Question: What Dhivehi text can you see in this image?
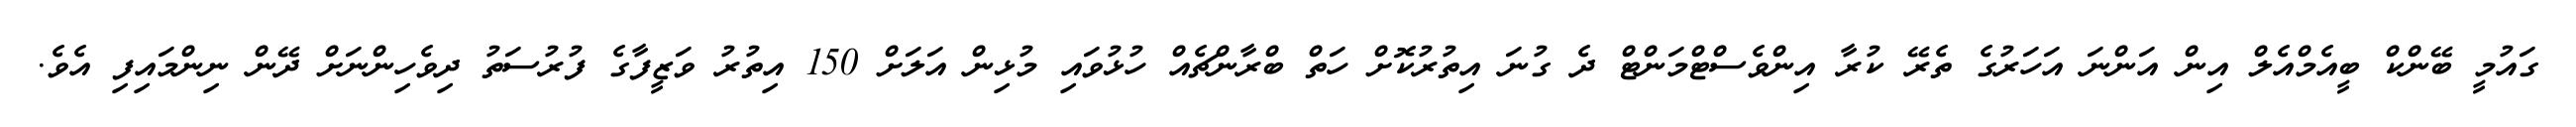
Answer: ގައުމީ ބޭންކް ބީއެމްއެލް އިން އަންނަ އަހަރުގެ ތެރޭ ކުރާ އިންވެސްޓްމަންޓް ދެ ގުނަ އިތުރުކޮށް ހަތް ބްރާންޗެއް ހުޅުވައި މުޅިން އަލަށް 150 އިތުރު ވަޒީފާގެ ފުރުސަތު ދިވެހިންނަށް ދޭން ނިންމައިފި އެވެ.